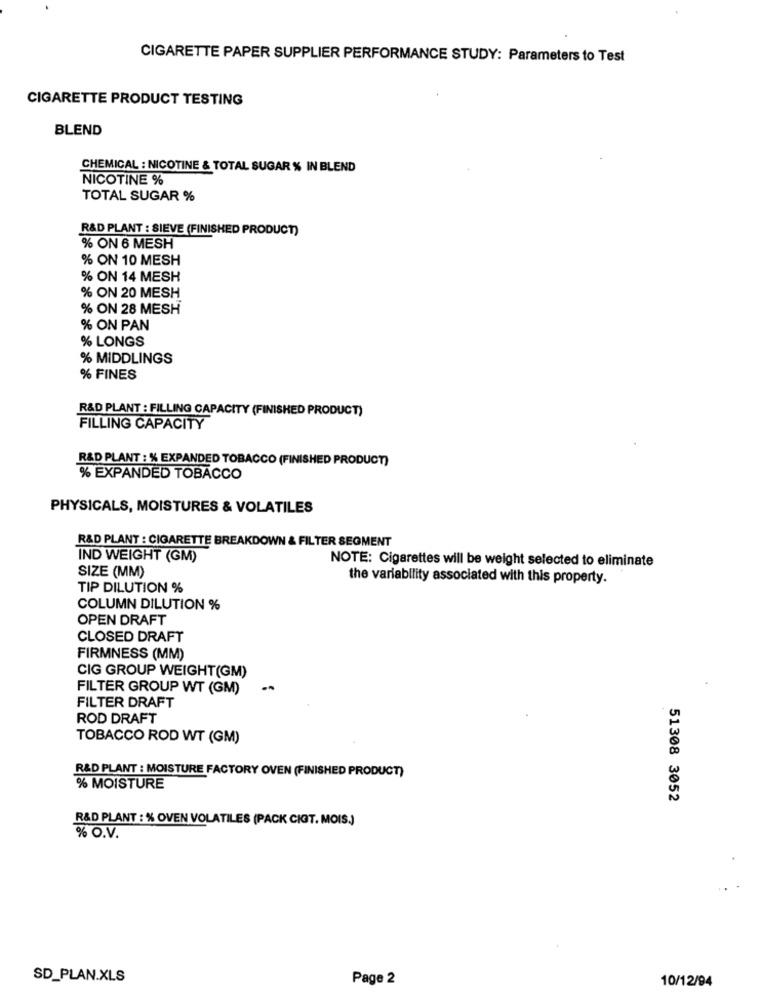
CIGARETTE PAPER SUPPLIER PERFORMANCE STUDY: Parameters to Test
CIGARETTE PRODUCT TESTING
BLEND
CHEMICAL : NICOTINE & TOTAL SUGAR % IN BLEND
NICOTINE %
TOTAL SUGAR %
R&D PLANT : SIEVE (FINISHED PRODUCT)
% ON 6 MESH
% ON 10 MESH
% ON 14 MESH
% ON 20 MESH
% ON 28 MESH
% ON PAN
% LONGS
% MIDDLINGS
% FINES
R&D PLANT : FILLING CAPACITY (FINISHED PRODUCT)
FILLING CAPACITY
R&D PLANT : % EXPANDED TOBACCO (FINISHED PRODUCT)
% EXPANDED TOBACCO
PHYSICALS, MOISTURES & VOLATILES
R&D PLANT : CIGARETTE BREAKDOWN & FILTER SEGMENT
IND WEIGHT (GM)
NOTE: Cigarettes will be weight selected to eliminate
SIZE (MM)
the variability associated with this property.
TIP DILUTION %
COLUMN DILUTION %
OPEN DRAFT
CLOSED DRAFT
FIRMNESS (MM)
CIG GROUP WEIGHT(GM)
FILTER GROUP WT (GM)
-.
FILTER DRAFT
ROD DRAFT
TOBACCO ROD WT (GM)
R&D PLANT : MOISTURE FACTORY OVEN (FINISHED PRODUCT)
% MOISTURE
51308 3052
R&D PLANT : % OVEN VOLATILES (PACK CIGT. MOIS.)
% O.V.
SD_PLAN.XLS
Page 2
10/12/94